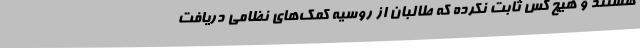
هستند و هیچ کس ثابت نکرده که طالبان از روسیه کمک‌های نظامی دریافت